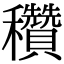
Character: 穳